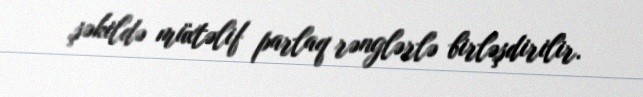
şəkildə müxtəlif parlaq rənglərlə birləşdirilir.